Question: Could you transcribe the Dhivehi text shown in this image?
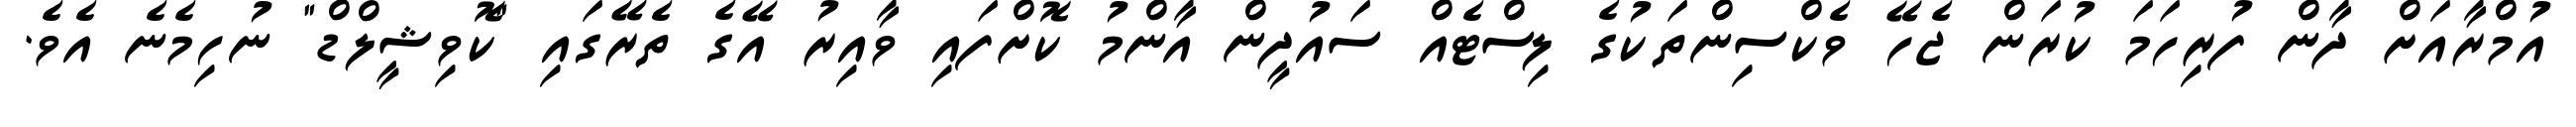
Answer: އުމްރާއަށް ދާން ފުރިހަމަ ކުރަން ޖެހޭ ވެކްސިންތަކުގެ ލިސްޓެއް ސައުދީން އާންމު ކޮށްފައި ވާއިރު އޭގެ ތެރޭގައި "ކޮވިޝީލްޑް" ނުހިމެނެ އެވެ.